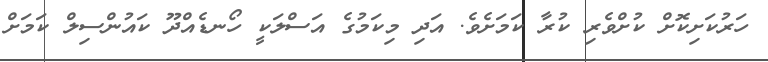
ހަރުކަށިކޮށް ކުށްވެރި ކުރާ ކަމަށެވެ. އަދި މިކަމުގެ އަސްލަކީ ހޯނޑެއްދޫ ކައުންސިލް ކަމަށް